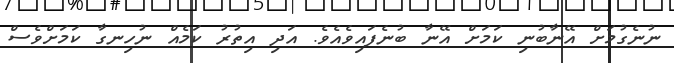
ނުނެގުމަށް އޭނާބުނި ކަމަށް އޭނާ ބުނެފައިވެއެވެ. އަދި އިތުރު ކަމެއް ނުހިނގާ ކަމަށްވެސް